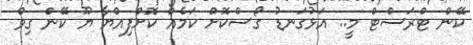
ކޭން ޓްރަސްޓް މީ.. އަޅުގަނޑު ގޯސްކޮށް ކަމެއް ކޮށްފިއްޔާ ޔޫ ކޭން ގިވް